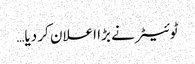
ٹوئیٹر نے بڑا اعلان کر دیا…